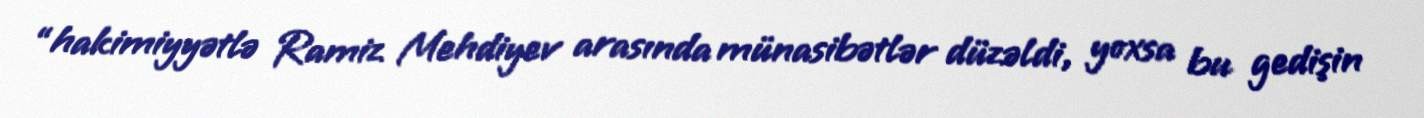
“hakimiyyətlə Ramiz Mehdiyev arasında münasibətlər düzəldi, yoxsa bu gedişin